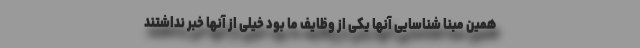
همین مبنا شناسایی آنها یکی از وظایف ما بود خیلی از آنها خبر نداشتند